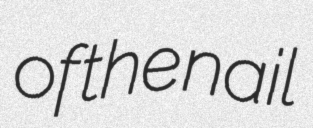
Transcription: of the nail